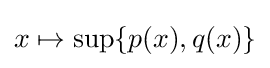
x\mapsto \sup\{p(x),q(x)\}